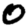
Digit: 0